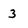
Character: 3